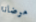
مرضانا